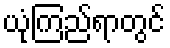
ယုံကြည်ရာတွင်